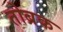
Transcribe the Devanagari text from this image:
तोब्रक